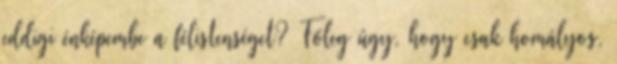
eddigi énképembe a félistenséget? Főleg úgy, hogy csak homályos,